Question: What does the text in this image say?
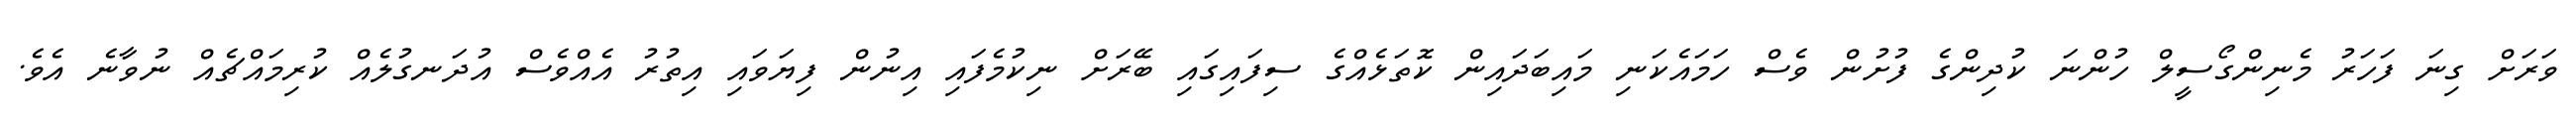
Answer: ވަރަށް ގިނަ ފަހަރު މެނިންގޯސީލް ހުންނަ ކުދިންގެ ފުށުން ވެސް ހަމައެކަނި މައިބަދައިން ކޮތަޅެއްގެ ސިފައިގައި ބޭރަށް ނިކުމެފައި އިނުން ފިޔަވައި އިތުރު އެއްވެސް އުދަނގުލެއް ކުރިމައްޗެއް ނުވާނެ އެވެ.